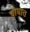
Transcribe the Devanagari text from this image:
चौघात